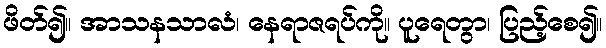
ဖိတ်၍။ အာသနသာလံ၊ နေရာဇရပ်ကို။ ပူရေတွာ၊ ပြည့်စေ၍။